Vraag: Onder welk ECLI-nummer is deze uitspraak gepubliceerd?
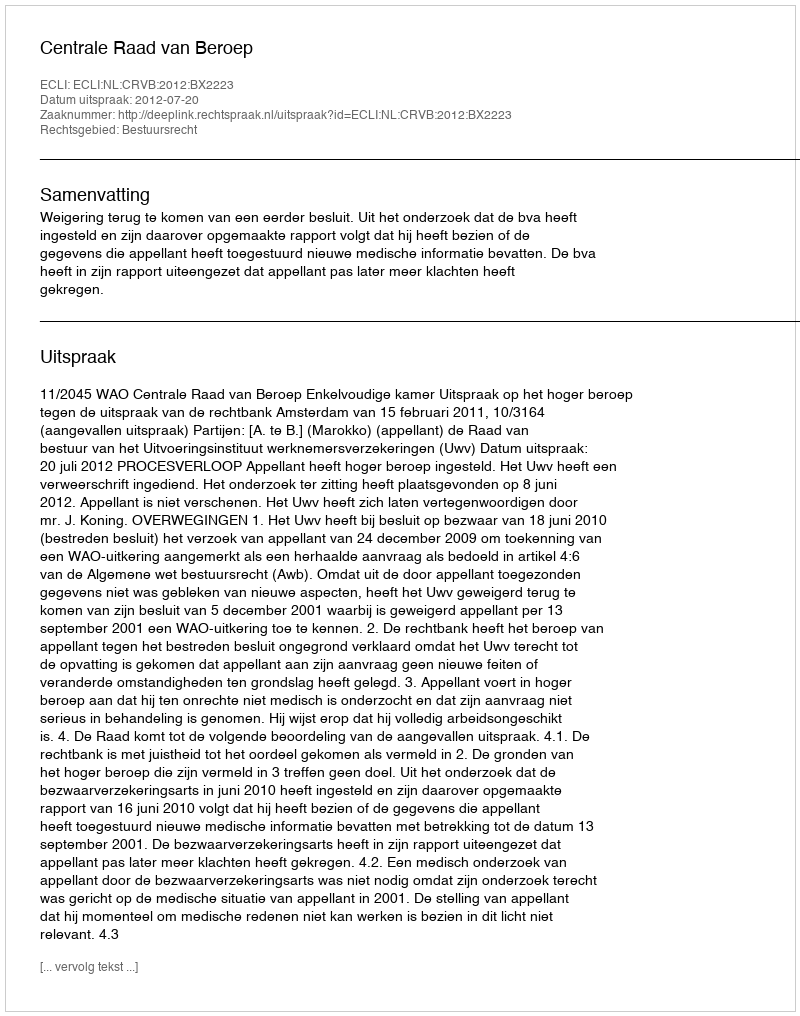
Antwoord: ECLI:NL:CRVB:2012:BX2223